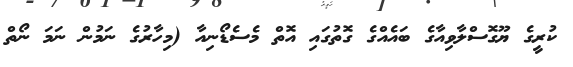
ކުރީގެ ޔޫގޮސްލާވިއާގެ ބައެއްގެ ގޮތުގައި އޮތް މެސެޑޯނިއާ (މިހާރުގެ ނަމުން ނަމަ ނޯތް